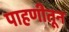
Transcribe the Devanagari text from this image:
पाहणीतून